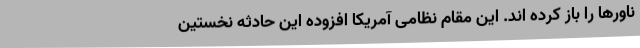
ناورها را باز کرده اند. این مقام نظامی آمریکا افزوده این حادثه نخستین